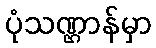
ပုံသဏ္ဌာန်မှာ